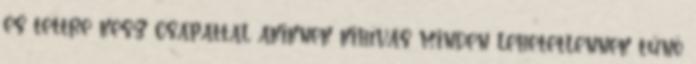
és tettre kész csapattal akiknek kihívás minden lehetetlennek tűnő